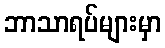
ဘာသာရပ်များမှာ